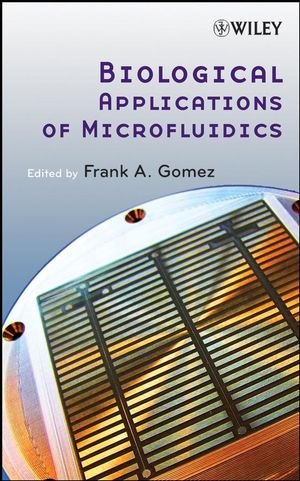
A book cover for Biological Applications of Microfluidics; Medical Books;